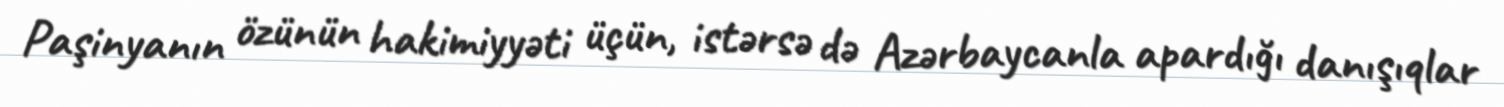
Paşinyanın özünün hakimiyyəti üçün, istərsə də Azərbaycanla apardığı danışıqlar